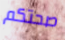
صحتكم